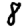
Digit: 8